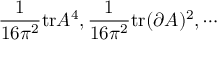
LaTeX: \frac { 1 } { 1 6 \pi ^ { 2 } } \mathrm { t r } A ^ { 4 } , \frac { 1 } { 1 6 \pi ^ { 2 } } \mathrm { t r } ( \partial A ) ^ { 2 } , \cdots